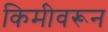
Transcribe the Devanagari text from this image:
किमीवरून